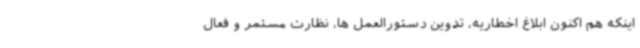
اینکه هم اکنون ابلاغ اخطاریه، تدوین دستورالعمل ها، نظارت مستمر و فعال